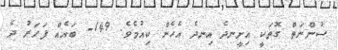
ސުންނަތް ގޮތަކީ އިށީނދެ އިނދެ އެހެން ކިއުމެވެ. 149- ބައެއް ފަހަރު ދެ